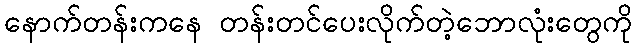
နောက်တန်းကနေ တန်းတင်ပေးလိုက်တဲ့ဘောလုံးတွေကို